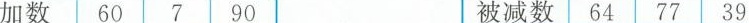
加数 60 7 90 被减数66 77 39